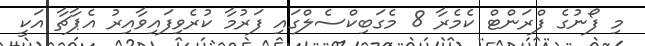
މި ފޯނުގެ ފްރަންޓް ކެމެރާ 8 މެގަބިކްސެލްގައި ފަރުމާ ކުރެވިފައިވާއިރު އެޕާޗާ އަކީ